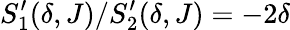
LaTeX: S_{1}^{\prime}(\delta,J)/S_{2}^{\prime}(\delta,J)=-2\delta